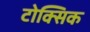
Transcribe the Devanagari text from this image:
टोक्सिक